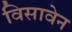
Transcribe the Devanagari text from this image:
विसावेन